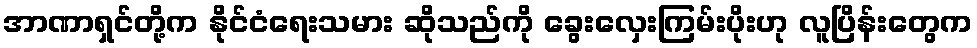
အာဏာရှင်တို့က နိုင်ငံရေးသမား ဆိုသည်ကို ခွေးလှေးကြမ်းပိုးဟု လူပြိန်းတွေက